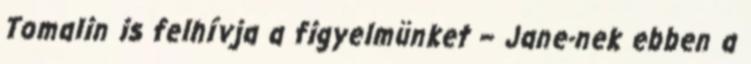
Tomalin is felhívja a figyelmünket – Jane-nek ebben a